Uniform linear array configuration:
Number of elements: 24
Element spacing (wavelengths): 0.25
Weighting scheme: binomial
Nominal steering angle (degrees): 30
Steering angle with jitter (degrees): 29.714
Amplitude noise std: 0.05
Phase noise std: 0.05

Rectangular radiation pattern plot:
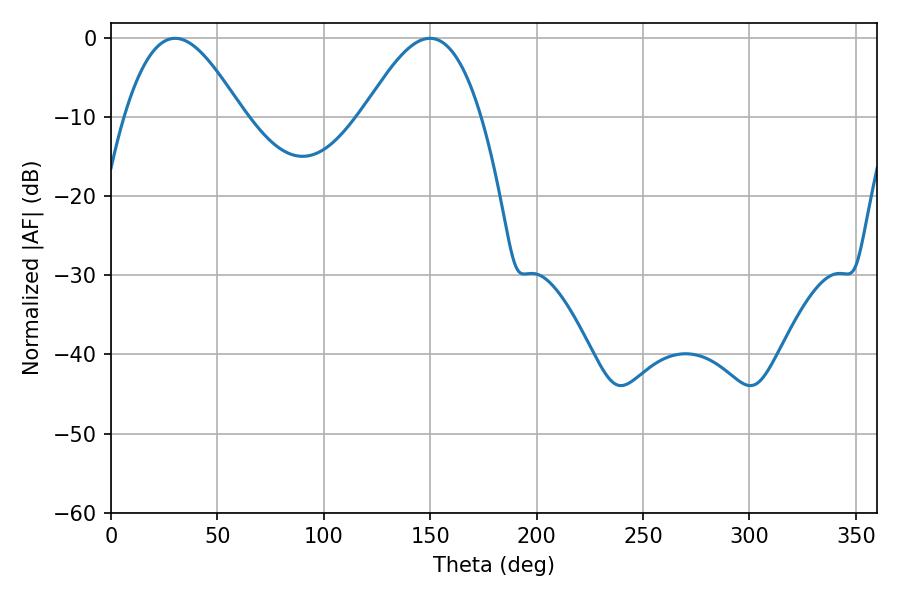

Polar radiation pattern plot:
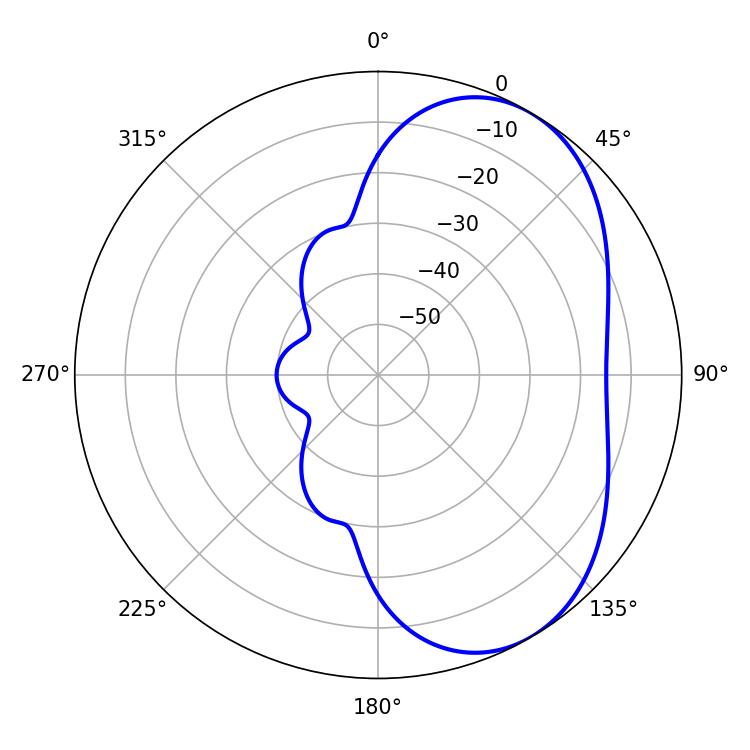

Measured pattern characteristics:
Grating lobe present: FALSE
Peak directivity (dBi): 5.018
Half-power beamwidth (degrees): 29.88
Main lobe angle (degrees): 30.06